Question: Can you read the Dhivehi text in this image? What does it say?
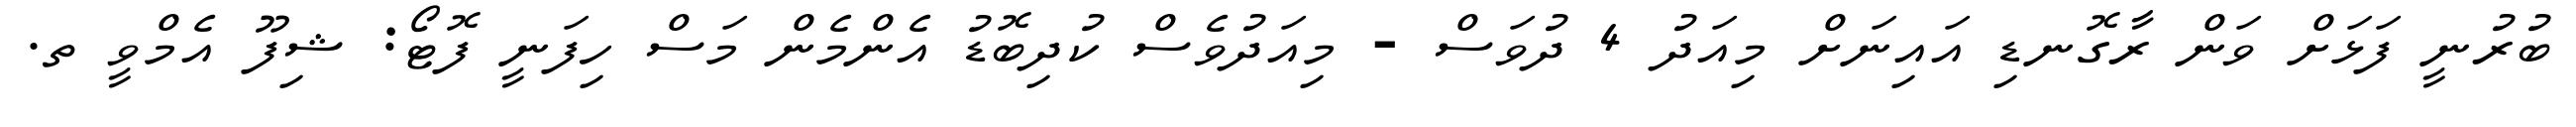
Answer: ބުރުނީ ފަޅަށް ވަން ރާގޮނޑި އައިނަށް މިއަދު 4 ދުވަސް - މިއަދުވެސް ކުދިބޮޑު އެންމެން މަސް ހިފަނީ ފޮޓޯ: ޝިފޫ އެމްވީ ތ.